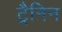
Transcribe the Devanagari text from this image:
ट्रैनिन